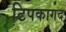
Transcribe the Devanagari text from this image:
टिपकागद